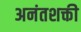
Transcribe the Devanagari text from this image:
अनंतशक्ती